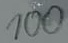
Text: 100